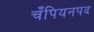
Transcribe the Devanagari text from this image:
चँपियनपद